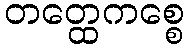
တတ္ထေကစ္စေ